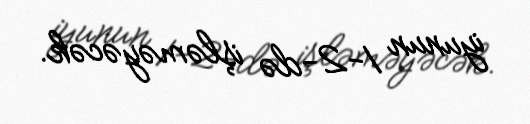
iyunun 1-2-də işləməyəcək.